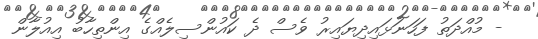
- މުއްދަތު ފަހަނަޅައިދިޔައިރު ވެސް ދެ ކައުންސިލެއްގެ އިންތިހާބު އިއުލާން